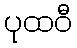
ပုထဝီ